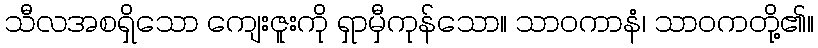
သီလအစရှိသော ကျေးဇူးကို ရှာမှီကုန်သော။ သာဝကာနံ၊ သာဝကတို့၏။